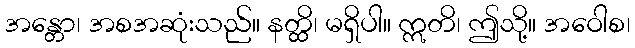
အန္တော၊ အစအဆုံးသည်။ နတ္ထိ၊ မရှိပါ။ ဣတိ၊ ဤသို့။ အဝေါစ၊